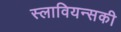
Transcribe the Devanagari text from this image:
स्लावियन्सकी